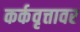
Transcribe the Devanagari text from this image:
कर्कवृत्तावर